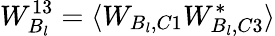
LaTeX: W_{B_{l}}^{13}=\langle W_{B_{l},C1}W_{B_{l},C3}^{*}\rangle